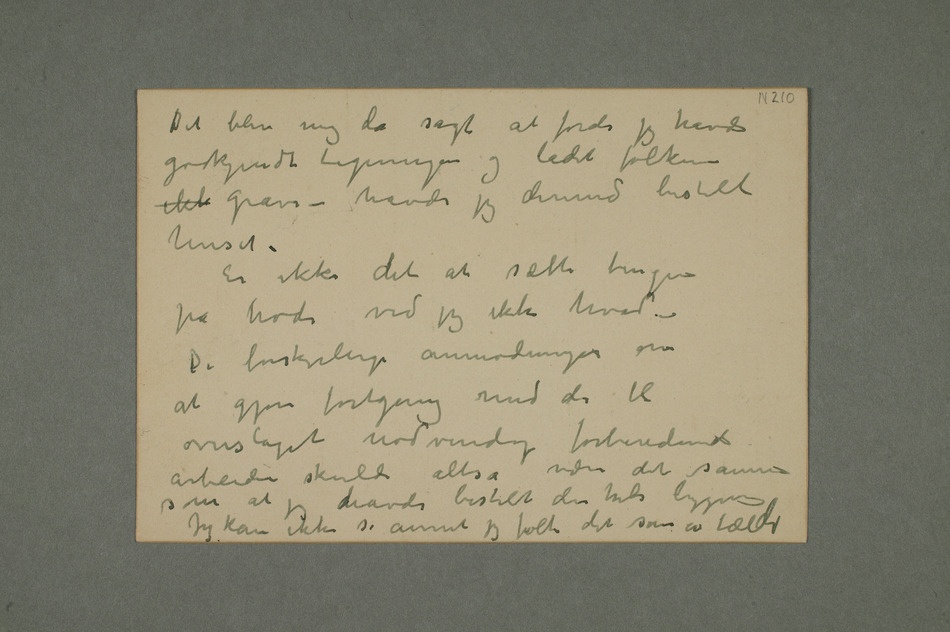
Det blev mig da sagt at fordi jeg havde
godkjent tegningen og ladet folkene
ikke grave – havde jeg dermed bestilt
huset –
Er ikke det at sætte tingene
– De forskjellige anmodninger om
at gjøre fortgang med de til
overslaget nødvendig forberedende
arbeide skulde altså være det samme
Jeg kan ikke si annet jeg følte det som av fældi